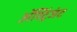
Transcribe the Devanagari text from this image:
अॅस्ट्रिंजंट